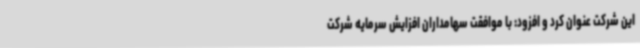
این شرکت عنوان کرد و افزود: با موافقت سهامداران افزایش سرمایه شرکت